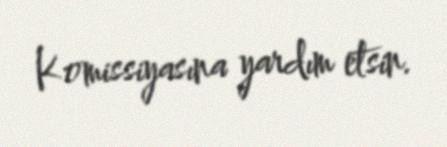
Komissiyasına yardım etsin.